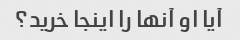
آیا او آنها را اینجا خرید؟